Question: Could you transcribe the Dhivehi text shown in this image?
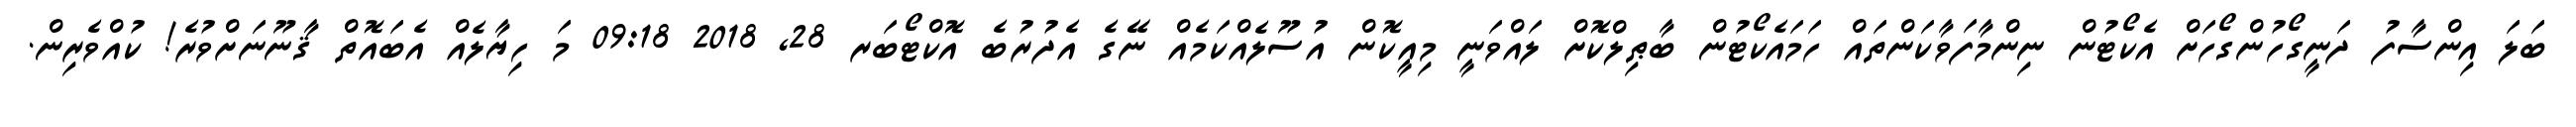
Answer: ބަލަ އިންސާފު ދަނީގޯހުންގޯހަށް އެކޯޓުން ނިންމާފަވާކަންތައް ހަމައެކޯޓުން ބާޠިލްކޮށް ލައްވަނީ މިއީކޮން އުސޫލެއްކަމެއް ނޭގެ އެދުރުބެ އޮކްޓޯބަރ 28, 2018 09:18 މަ ހިޔާލެއް އެބައޮތް ޤާނޫނަށްވުރެ! ކުއްވެރިން.